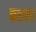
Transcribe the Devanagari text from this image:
कशयप